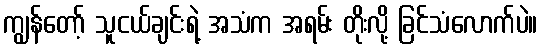
ကျွန်တော့် သူငယ်ချင်းရဲ့ အသံက အရမ်း တိုးလို့ ခြင်သံလောက်ပဲ။